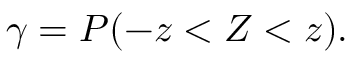
\gamma = P ( - z < Z < z ) .